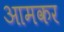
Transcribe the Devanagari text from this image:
आमकर